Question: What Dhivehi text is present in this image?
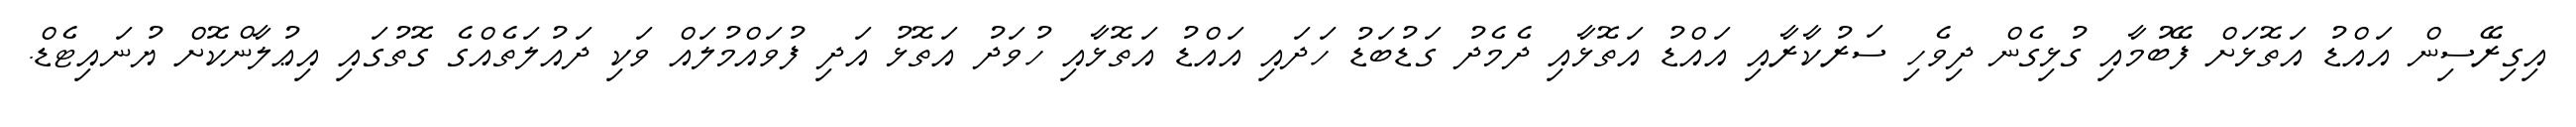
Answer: އިގިރޭސިން އައްޑު އަތޮޅަށް ފޭބުމާއި ގުޅިގެން ދިވެހި ސަރުކާރާއި އައްޑު އަތޮޅާއި ދެމެދު ގަޑުބަޑު ހަދައި އައްޑު އަތޮޅާއި ހުވަދު އަތޮޅު އަދި ފުވައްމުލައް ވަކި ދައުލަތެއްގެ ގޮތުގައި އިޢުލާންކޮށް ޔުނައިޓެޑް.